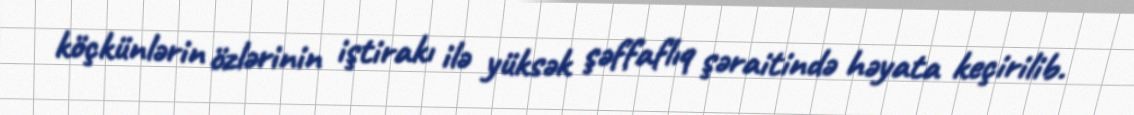
köçkünlərin özlərinin iştirakı ilə yüksək şəffaflıq şəraitində həyata keçirilib.